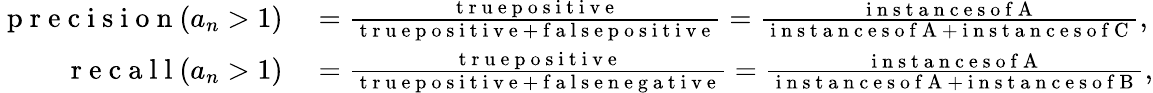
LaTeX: \begin{array}{rl}{\mathrm{~p~r~e~c~i~s~i~o~n~}(a_{n}>1)}&{{}=\frac{\mathrm{~t~r~u~e~p~o~s~i~t~i~v~e~}}{\mathrm{~t~r~u~e~p~o~s~i~t~i~v~e~}+\mathrm{~f~a~l~s~e~p~o~s~i~t~i~v~e~}}=\frac{\mathrm{~i~n~s~t~a~n~c~e~s~o~f~A~}}{\mathrm{~i~n~s~t~a~n~c~e~s~o~f~A~}+\mathrm{~i~n~s~t~a~n~c~e~s~o~f~C~}},}\\ {\mathrm{~r~e~c~a~l~l~}(a_{n}>1)}&{{}=\frac{\mathrm{~t~r~u~e~p~o~s~i~t~i~v~e~}}{\mathrm{~t~r~u~e~p~o~s~i~t~i~v~e~}+\mathrm{~f~a~l~s~e~n~e~g~a~t~i~v~e~}}=\frac{\mathrm{~i~n~s~t~a~n~c~e~s~o~f~A~}}{\mathrm{~i~n~s~t~a~n~c~e~s~o~f~A~}+\mathrm{~i~n~s~t~a~n~c~e~s~o~f~B~}},}\end{array}